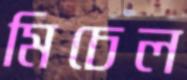
মিচেল